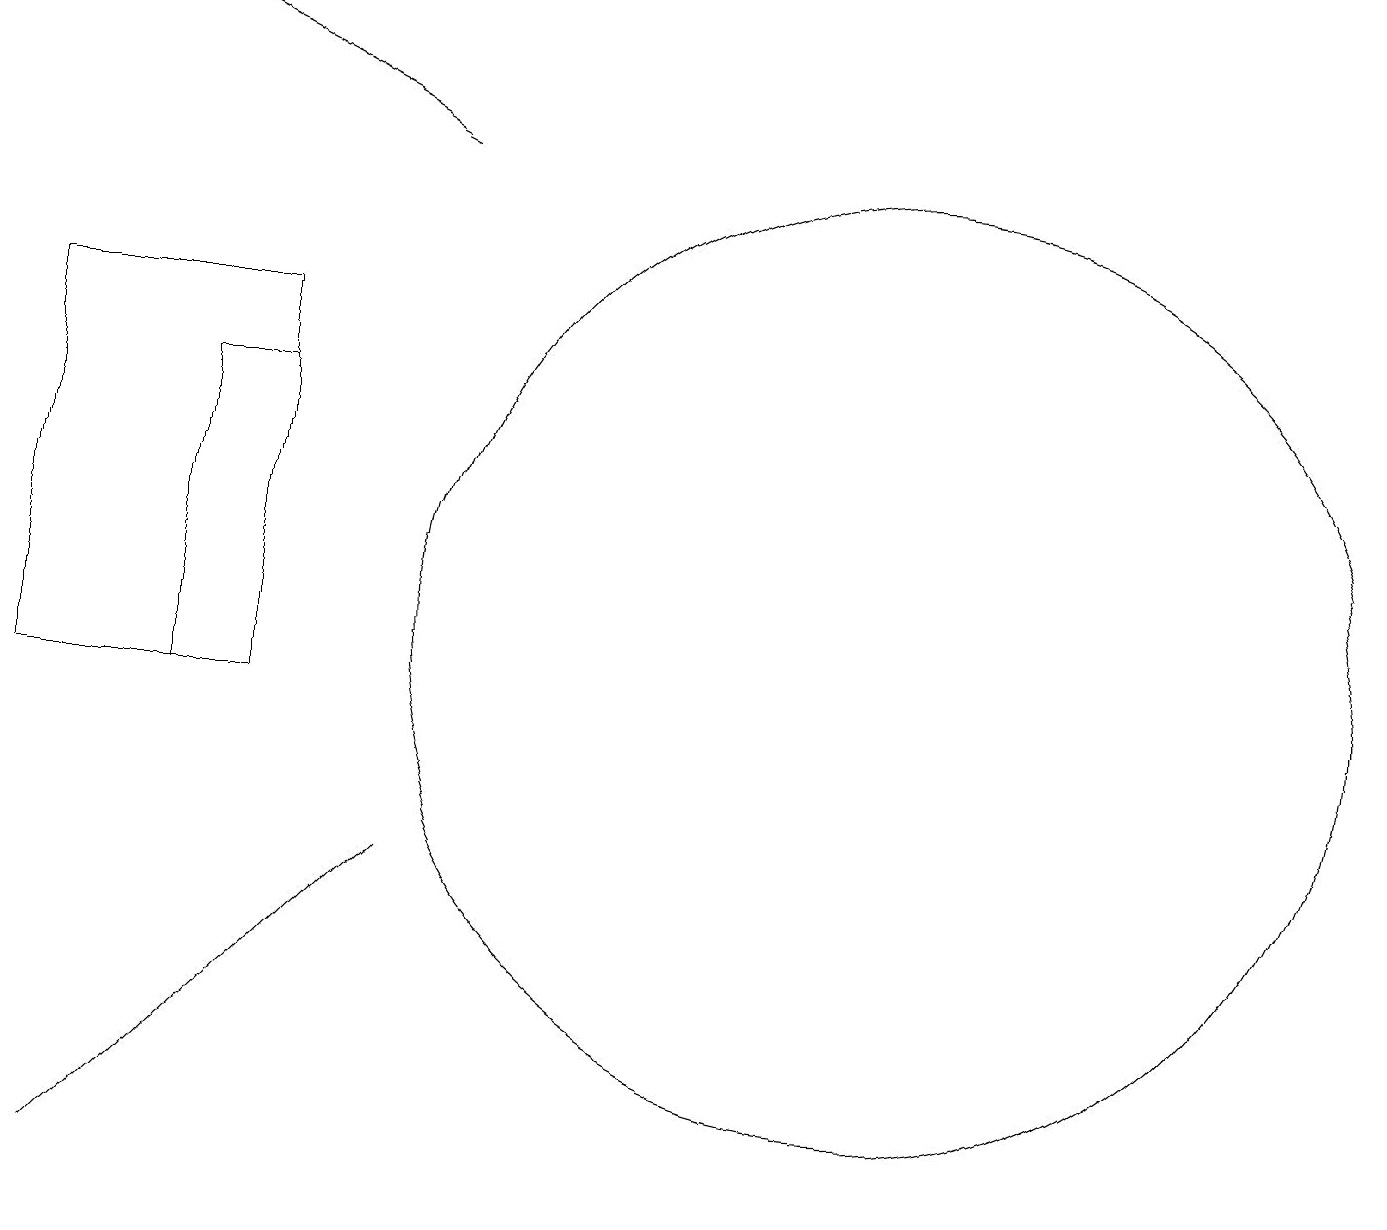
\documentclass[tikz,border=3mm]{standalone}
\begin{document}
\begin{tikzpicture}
\draw (4,14) rectangle (3,10);
\draw[->] (6,17) -- (2,19);
\draw (11,11) circle (0);
\draw (6,8) -- (2,4) -- (6,8) -- cycle;
\draw (1,10) rectangle (4,15);
\draw (12,11) circle (6);
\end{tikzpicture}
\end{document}